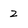
Character: 2